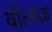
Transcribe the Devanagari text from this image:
वॉल्व्ज